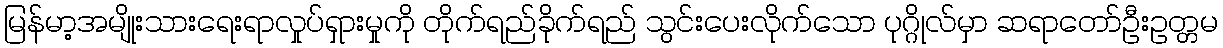
မြန်မာ့အမျိုးသားရေးရာလှုပ်ရှားမှုကို တိုက်ရည်ခိုက်ရည် သွင်းပေးလိုက်သော ပုဂ္ဂိုလ်မှာ ဆရာတော်ဦးဥတ္တမ